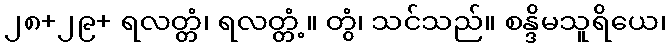
၂၈+၂၉+ ရလတ္တံ၊ ရလတ္တံ့။ တွံ၊ သင်သည်။ စန္ဒိမသူရိယေ၊